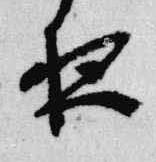
夜